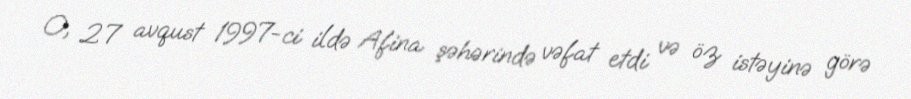
O, 27 avqust 1997-ci ildə Afina şəhərində vəfat etdi və öz istəyinə görə